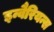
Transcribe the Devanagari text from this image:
इन्वैरियन्स